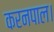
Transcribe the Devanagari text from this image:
करनपाल।